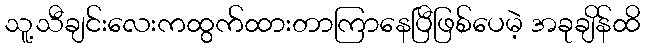
သူ့သီချင်းလေးကထွက်ထားတာကြာနေပြီဖြစ်ပေမဲ့ အခုချိန်ထိ